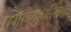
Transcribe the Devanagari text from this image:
प्रभावकचरितके